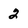
Character: 2